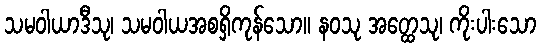
သမဝါယာဒီသု၊ သမဝါယအစရှိကုန်သော။ နဝသု အတ္ထေသု၊ ကိုးပါးသော